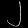
Digit: ၂